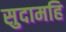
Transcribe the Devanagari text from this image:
सुदामहि